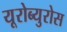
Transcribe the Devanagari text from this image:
यूरोब्युरोस